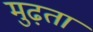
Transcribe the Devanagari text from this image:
मुढ़ता